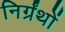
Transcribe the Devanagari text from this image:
निर्ग्रंथों